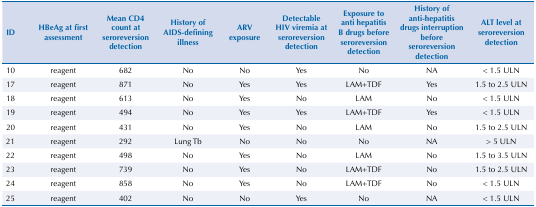
<table><thead><tr><td><b>ID</b></td><td><b>HBeAg at first assessment</b></td><td><b>Mean CD4 count at seroreversion detection</b></td><td><b>History of AIDS-defining illness</b></td><td><b>ARV exposure</b></td><td><b>Detectable HIV viremia at seroreversion detection</b></td><td><b>Exposure to anti hepatitis B drugs before seroreversion detection</b></td><td><b>History of anti-hepatitis drugs interruption before seroreversion detection</b></td><td><b>ALT level at seroreversion detection</b></td></tr></thead><tbody><tr><td>10</td><td>reagent</td><td>682</td><td>No</td><td>No</td><td>Yes</td><td>No</td><td>NA</td><td>&lt; 1.5 ULN</td></tr><tr><td>17</td><td>reagent</td><td>871</td><td>No</td><td>Yes</td><td>Yes</td><td>LAM+TDF</td><td>Yes</td><td>1.5 to 2.5 ULN</td></tr><tr><td>18</td><td>reagent</td><td>613</td><td>No</td><td>Yes</td><td>No</td><td>LAM</td><td>No</td><td>&lt; 1.5 ULN</td></tr><tr><td>19</td><td>reagent</td><td>494</td><td>No</td><td>Yes</td><td>Yes</td><td>LAM+TDF</td><td>Yes</td><td>&lt; 1.5 ULN</td></tr><tr><td>20</td><td>reagent</td><td>431</td><td>No</td><td>Yes</td><td>No</td><td>LAM</td><td>No</td><td>1.5 to 2.5 ULN</td></tr><tr><td>21</td><td>reagent</td><td>292</td><td>Lung Tb</td><td>No</td><td>No</td><td>No</td><td>NA</td><td>&gt; 5 ULN</td></tr><tr><td>22</td><td>reagent</td><td>498</td><td>No</td><td>Yes</td><td>No</td><td>LAM</td><td>No</td><td>1.5 to 3.5 ULN</td></tr><tr><td>23</td><td>reagent</td><td>739</td><td>No</td><td>Yes</td><td>No</td><td>LAM+TDF</td><td>No</td><td>1.5 to 2.5 ULN</td></tr><tr><td>24</td><td>reagent</td><td>858</td><td>No</td><td>Yes</td><td>No</td><td>LAM+TDF</td><td>No</td><td>&lt; 1.5 ULN</td></tr><tr><td>25</td><td>reagent</td><td>402</td><td>No</td><td>No</td><td>Yes</td><td>No</td><td>NA</td><td>&lt; 1.5 ULN</td></tr></tbody></table>